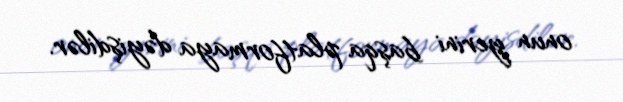
onun yerini başqa platformaya dəyişdilər.